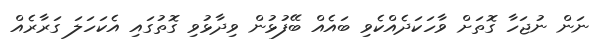
ނަން ނުޖަހާ ގޮތަށް ވާހަކަދެއްކެވި ބައެއް ބޭފުޅުން ވިދާޅުވި ގޮތުގައި އެކަހަލަ ގަރާރެއް